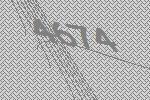
4674